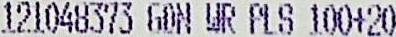
121048373 GON WR PLS 100+20